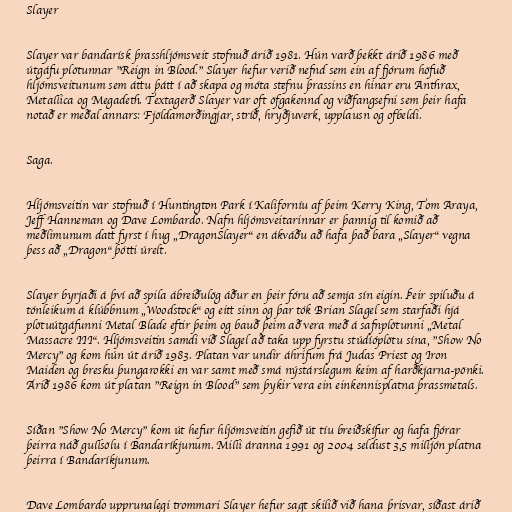
Slayer

Slayer var bandarísk þrasshljómsveit stofnuð árið 1981. Hún varð þekkt árið 1986 með
útgáfu plötunnar "Reign in Blood." Slayer hefur verið nefnd sem ein af fjórum höfuð
hljómsveitunum sem áttu þátt í að skapa og móta stefnu þrassins en hinar eru Anthrax,
Metallica og Megadeth. Textagerð Slayer var oft öfgakennd og viðfangsefni sem þeir hafa
notað er meðal annars: Fjöldamorðingjar, stríð, hryðjuverk, upplausn og ofbeldi.

Saga.

Hljómsveitin var stofnuð í Huntington Park í Kaliforníu af þeim Kerry King, Tom Araya,
Jeff Hanneman og Dave Lombardo. Nafn hljómsveitarinnar er þannig til komið að
meðlimunum datt fyrst í hug „DragonSlayer“ en ákváðu að hafa það bara „Slayer“ vegna
þess að „Dragon“ þótti úrelt.

Slayer byrjaði á því að spila ábreiðulög áður en þeir fóru að semja sín eigin. Þeir spiluðu á
tónleikum á klúbbnum „Woodstock“ og eitt sinn og þar tók Brian Slagel sem starfaði hjá
plötuútgáfunni Metal Blade eftir þeim og bauð þeim að vera með á safnplötunni „Metal
Massacre III“. Hljómsveitin samdi við Slagel að taka upp fyrstu stúdíóplötu sína, "Show No
Mercy" og kom hún út árið 1983. Platan var undir áhrifum frá Judas Priest og Iron
Maiden og bresku þungarokki en var samt með smá nýstárslegum keim af harðkjarna-pönki.
Árið 1986 kom út platan "Reign in Blood" sem þykir vera ein einkennisplatna þrassmetals.

Síðan "Show No Mercy" kom út hefur hljómsveitin gefið út tíu breiðskífur og hafa fjórar
þeirra náð gullsölu í Bandaríkjunum. Milli áranna 1991 og 2004 seldust 3,5 milljón platna
þeirra í Bandaríkjunum.

Dave Lombardo upprunalegi trommari Slayer hefur sagt skilið við hana þrisvar, síðast árið